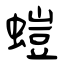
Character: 螘